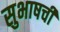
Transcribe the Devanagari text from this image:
सुभाषची